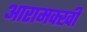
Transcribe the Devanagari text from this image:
आरामक्खी